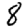
Digit: 8